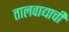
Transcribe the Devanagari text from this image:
तालवाद्याची